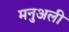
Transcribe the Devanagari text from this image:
मनुअली